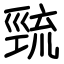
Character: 巰